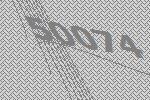
50074